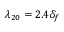
\lambda _ { 2 0 } = 2 . 4 \delta _ { f }